Aleksander_Warma, lk 13
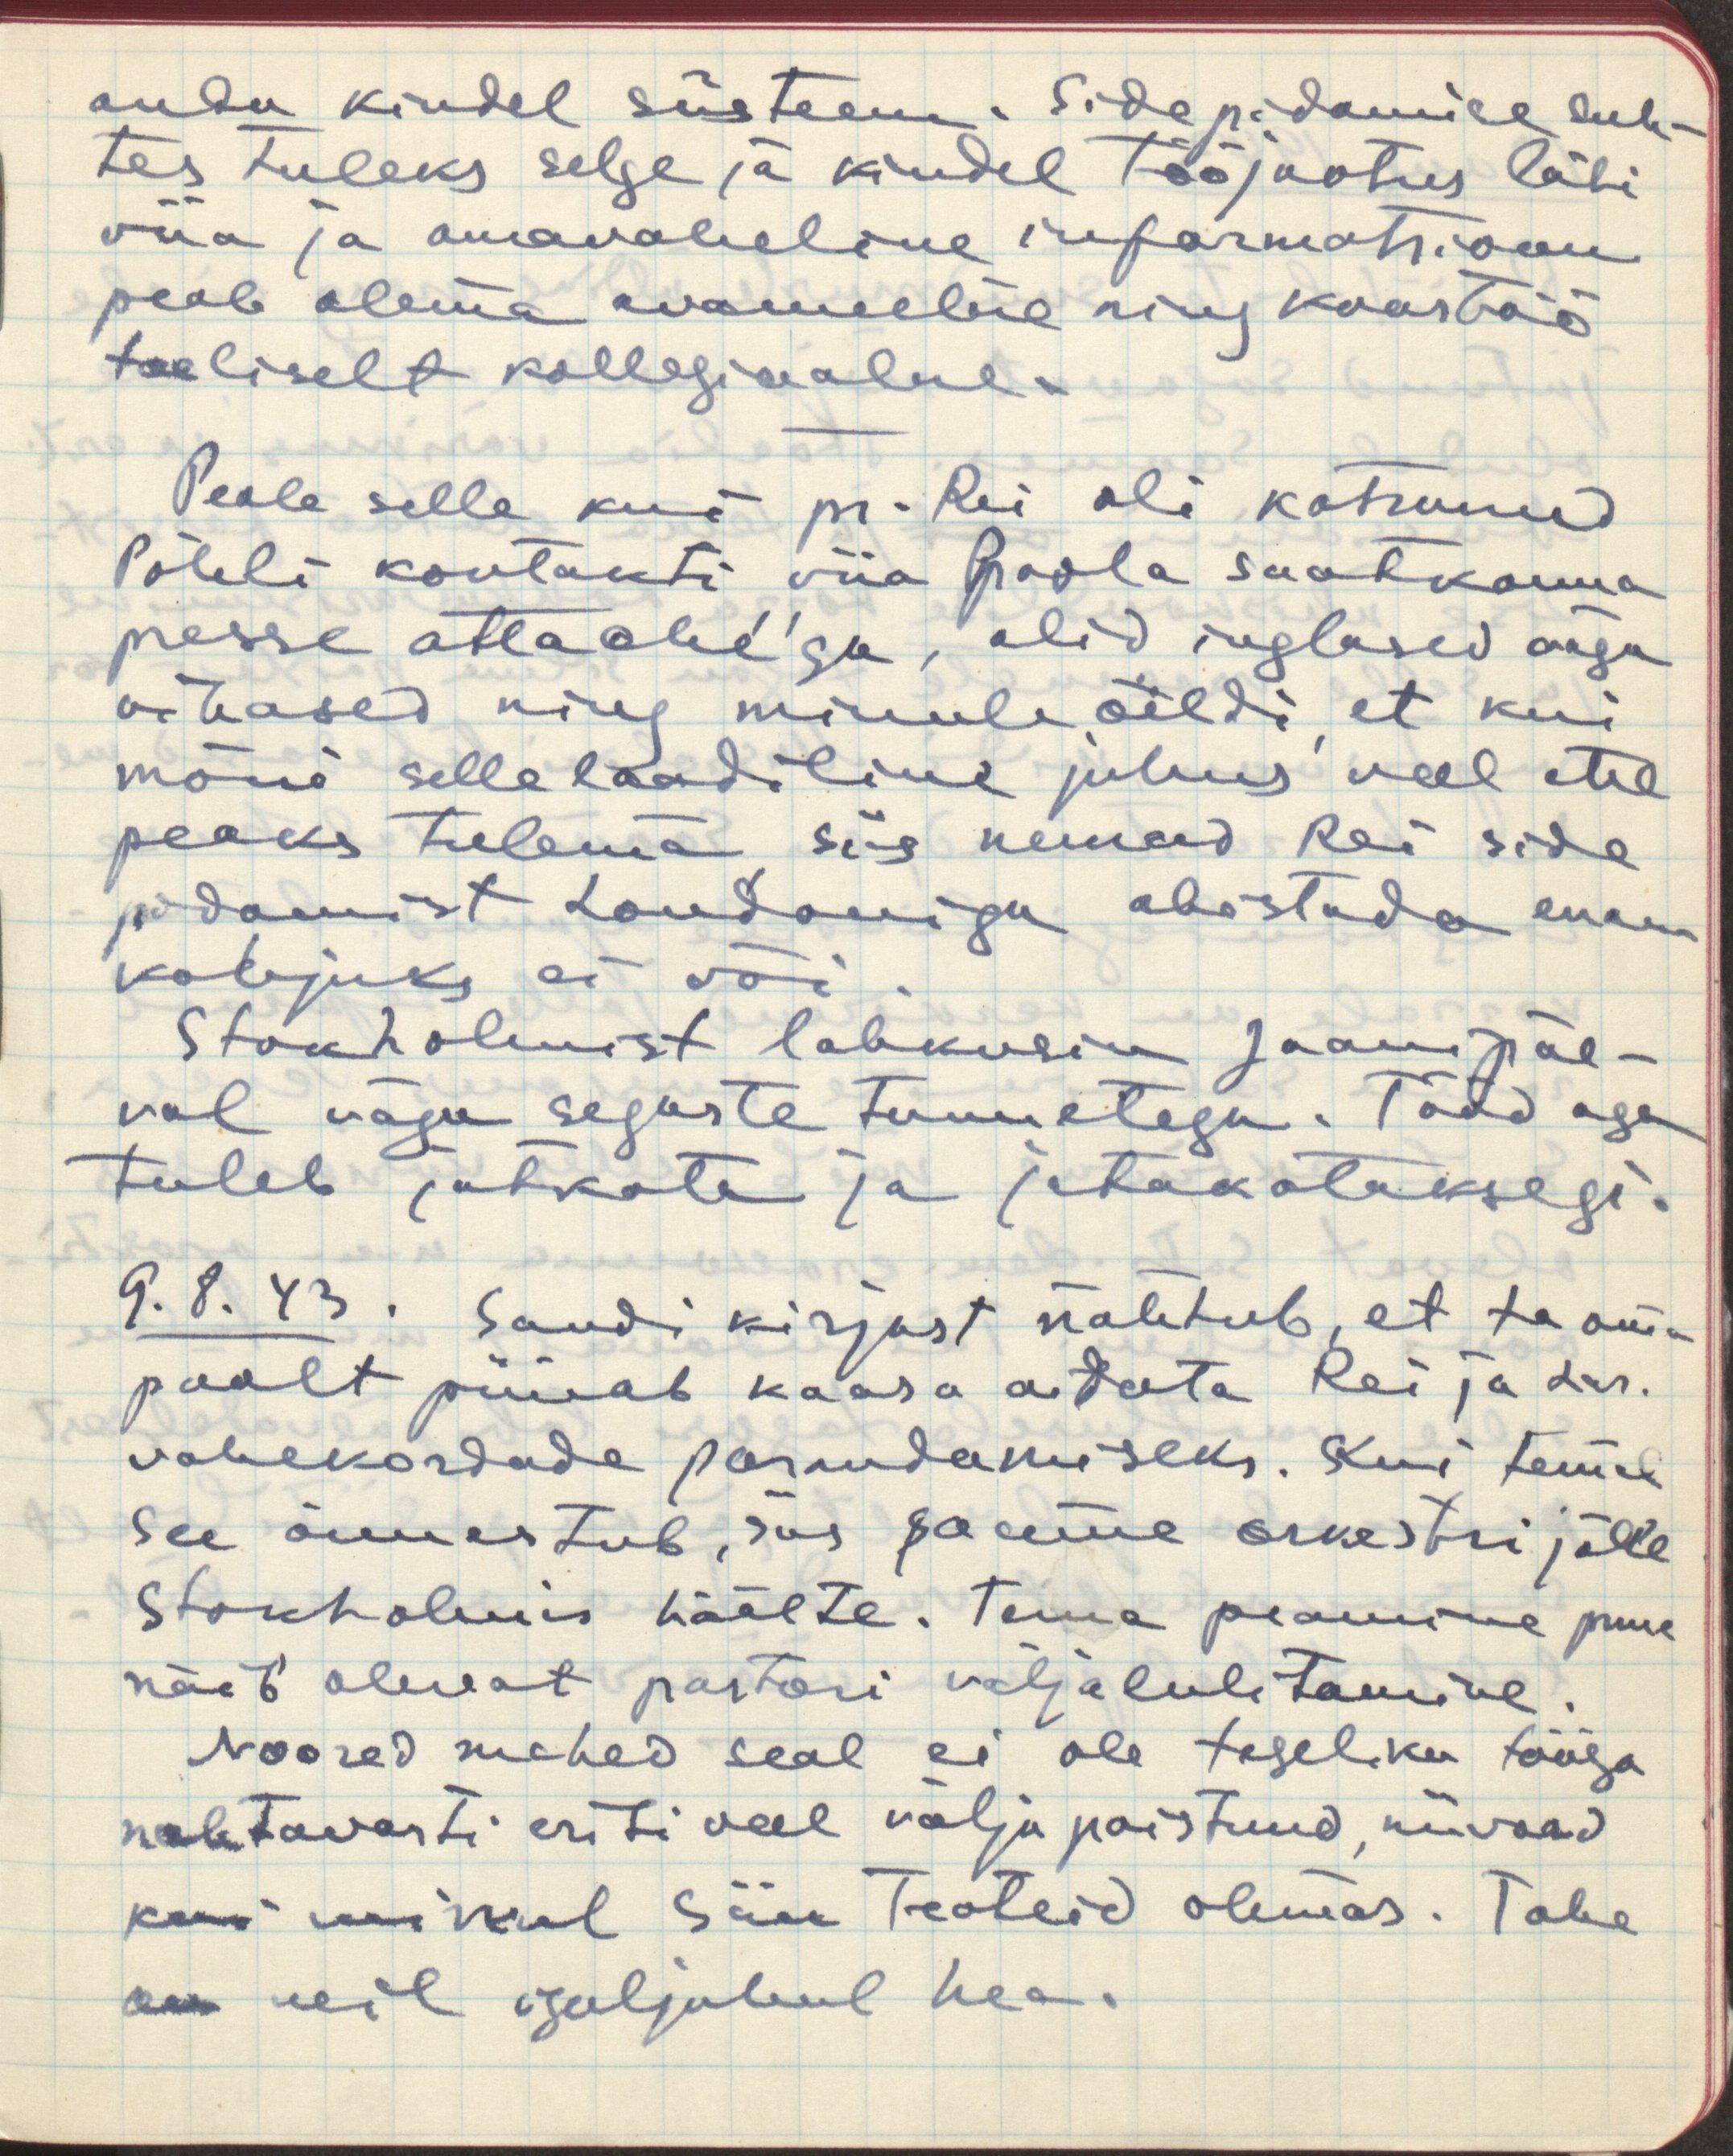
anda kindel süsteem. Sidepidamise suh-
tes tuleks selge ja kindel tööjaotus läbi
viia ja omavaheline informatsioon
peab olema avameelne ning koostöö
tõeliselt kollegiaalne.
Peale selle kui pr. Rei oli katsunud
Pöhli kontakti viia Poola saatkonna
presse attaché'ga, olid inglased väga
vihased ning minule öeldi, et kui
mõni sellelaadiline juhus veel ette
peaks tulema, siis nemad Rei side
pidamist Londoniga abistada enam
kahjuks ei või
Stokholmist lahkusin Jaanipäe-
val väga segast tunnetega. Tööd aga
tuleb jatkata ja juba jatakataksegi.
9. 8. 43. Sandi kirjast nähtub, et ta oma
poolt püüab kaasa aidata Rei ja Lar.
vahekordade parandamiseks. Kui temal
see õnnestub, siis saame orkestri jälle
Stokholmis häälte. Tema peamine puue
näib olevat pastori väljalulitamine.
Noored mehed seal ei ole tegeliku tööga
nahtavasti eriti veel välja paistnud, niivord
kui minul siin teateid olemas. Tahe
on meil igaljuhul hea.